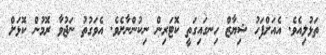
ތަޅުލިއެވެ. އެއަށްފަހު ޝިޔާޒް ހިނގައިގަތީ ކޮޓަރިން ނިކުންނާށެވެ. އެވަގުތު ނަޖުވާ ރޮމުން ކޮޅަށް